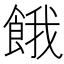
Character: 餓